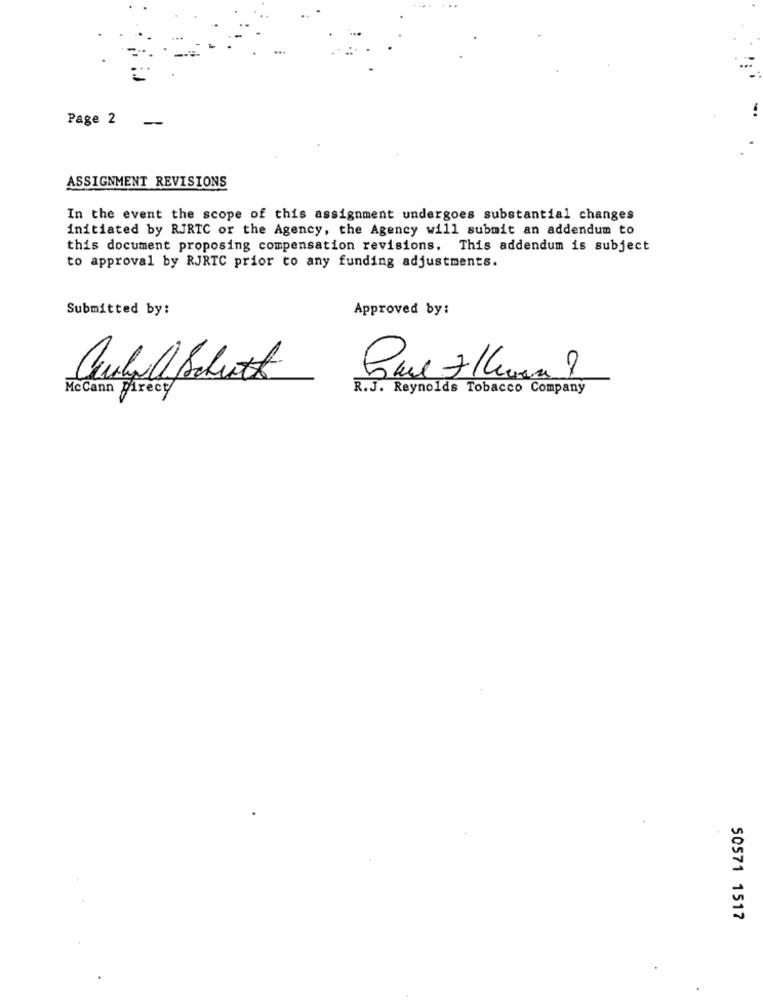
Page 2
ASSIGNMENT REVISIONS
In the event the scope of this assignment undergoes substantial changes
initiated by RJRTC or the Agency, the Agency will submit an addendum to
this document proposing compensation revisions. This addendum is subject
to approval by RJRTC prior to any funding adjustments.
Submitted by:
Approved by:
auchfull Schrott
Rue 7 /hora ?
McCann Direct
R.J. Reynolds Tobacco Company
50571 1517